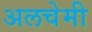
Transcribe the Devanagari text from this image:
अलचेमी